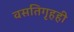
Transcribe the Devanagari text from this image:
वसतिगृहही